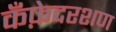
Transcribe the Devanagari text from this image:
कँफ़ेदरशण